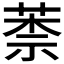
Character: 𦳐